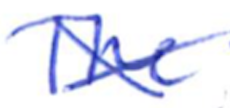
Text: The
Cross-out: cross
Writing tool: ballpoint